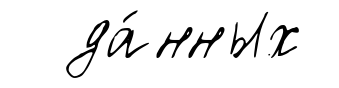
да́нных